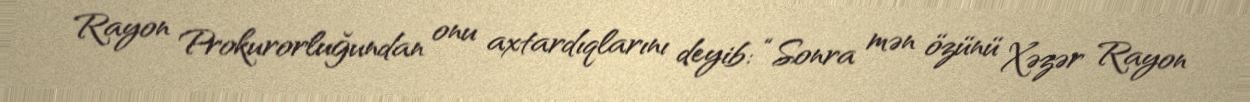
Rayon Prokurorluğundan onu axtardıqlarını deyib: “Sonra mən özünü Xəzər Rayon